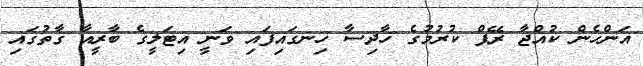
އަންހެން ކުއްޖާ ރޭޕް ކުރުމުގެ ހާދިސާ ހިނގައިފައި ވަނީ އިޓަލީގެ ބާރީއާ ގާތުގައި